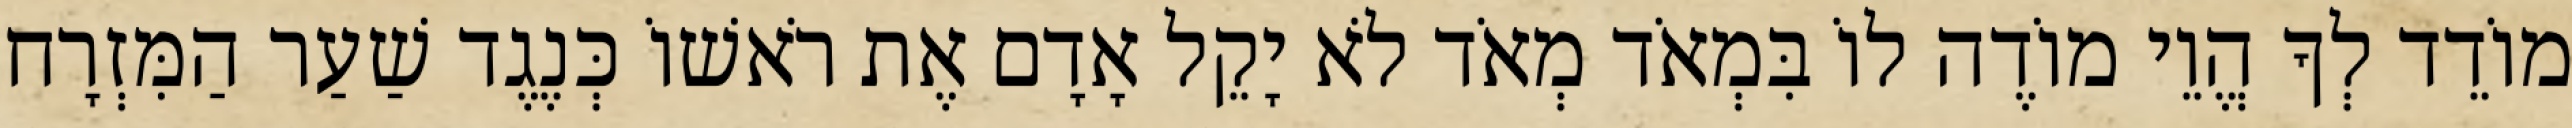
מוֹדֵד לְךָ הֱוֵי מוֹדֶה לוֹ בִּמְאֹד מְאֹד לֹא יָקֵל אָדָם אֶת רֹאשׁוֹ כְּנֶגֶד שַׁעַר הַמִּזְרָח